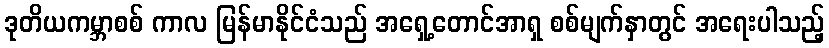
ဒုတိယကမ္ဘာစစ် ကာလ မြန်မာနိုင်ငံသည် အရှေ့တောင်အာရှ စစ်မျက်နှာတွင် အရေးပါသည့်